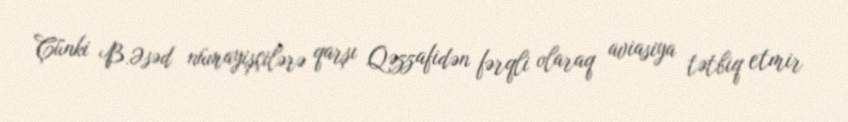
Çünki B.Əsəd nümayişçilərə qarşı Qəzzafidən fərqli olaraq aviasiya tətbiq etmir